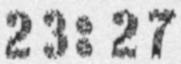
23:27